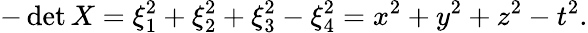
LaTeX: -\operatorname*{d\mathrm{e}t}X=\xi_{1}^{2}+\xi_{2}^{2}+\xi_{3}^{2}-\xi_{4}^{2}=x^{2}+y^{2}+z^{2}-t^{2}.